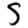
Digit: 5